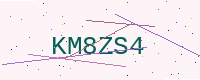
Text: KM8ZS4